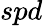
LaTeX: spd